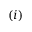
( i )